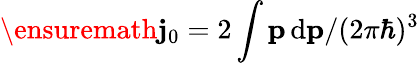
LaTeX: \ensuremath{\mathbf{j}_{0}}=2\int\mathbf{p}\, \mathrm{d}\mathbf{p}/(2\pi\hbar)^{3}